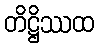
တိဋ္ဌိဿထ